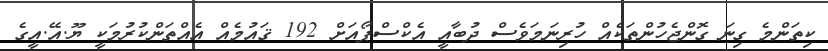
ކިތަންމެ ގިނަ ގޮންޖެހުންތަކެއް ހުރިނަމަވެސް ދުބާއީ އެކްސްޕޯއަށް 192 ޤައުމެއް އެއްތަންކުރުމަކީ ޔޫ.އޭ.އީގެ